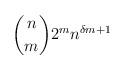
LaTeX: \begin{align*} \binom{n}{m} 2^m n^{\delta m + 1}\end{align*}